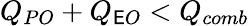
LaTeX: Q_{PO}+Q_{\mathsf{E}O}<Q_{comb}